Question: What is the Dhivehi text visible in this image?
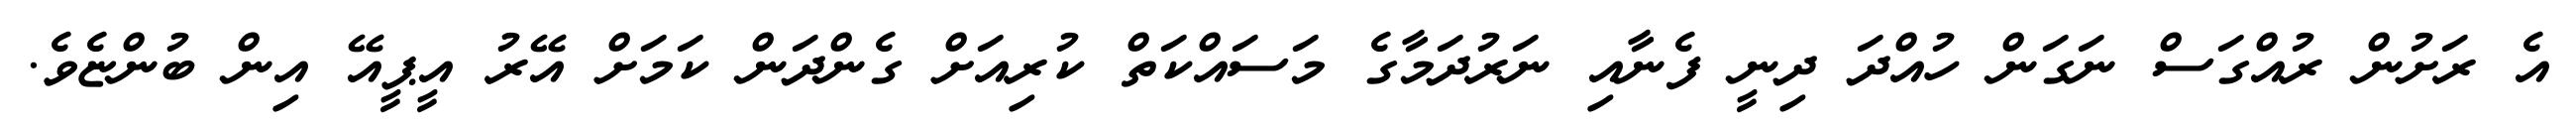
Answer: އެ ރަށުން ރުއްގަސް ނަގަން ހުއްދަ ދިނީ ފެނާއި ނަރުދަމާގެ މަސައްކަތް ކުރިއަށް ގެންދަން ކަމަށް އޭރު އީޕީއޭ އިން ބުންޏެވެ.